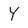
Character: Y